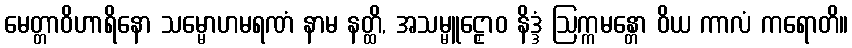
မေတ္တာဝိဟာရိနော သမ္မောဟမရဏံ နာမ နတ္ထိ, အသမ္မူဠှောဝ နိဒ္ဒံ ဩက္ကမန္တော ဝိယ ကာလံ ကရောတိ။